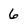
Character: 6